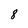
Character: 8